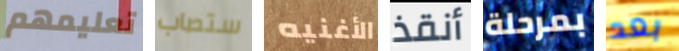
تعليمهم ستصاب الأغنيه أنقذ بمرحلة بعد